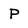
Character: P